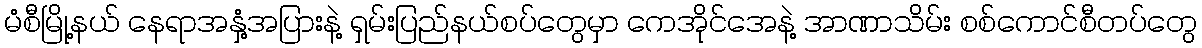
မံစီမြို့နယ် နေရာအနှံ့အပြားနဲ့ ရှမ်းပြည်နယ်စပ်တွေမှာ ကေအိုင်အေနဲ့ အာဏာသိမ်း စစ်ကောင်စီတပ်တွေ